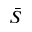
\bar { S }